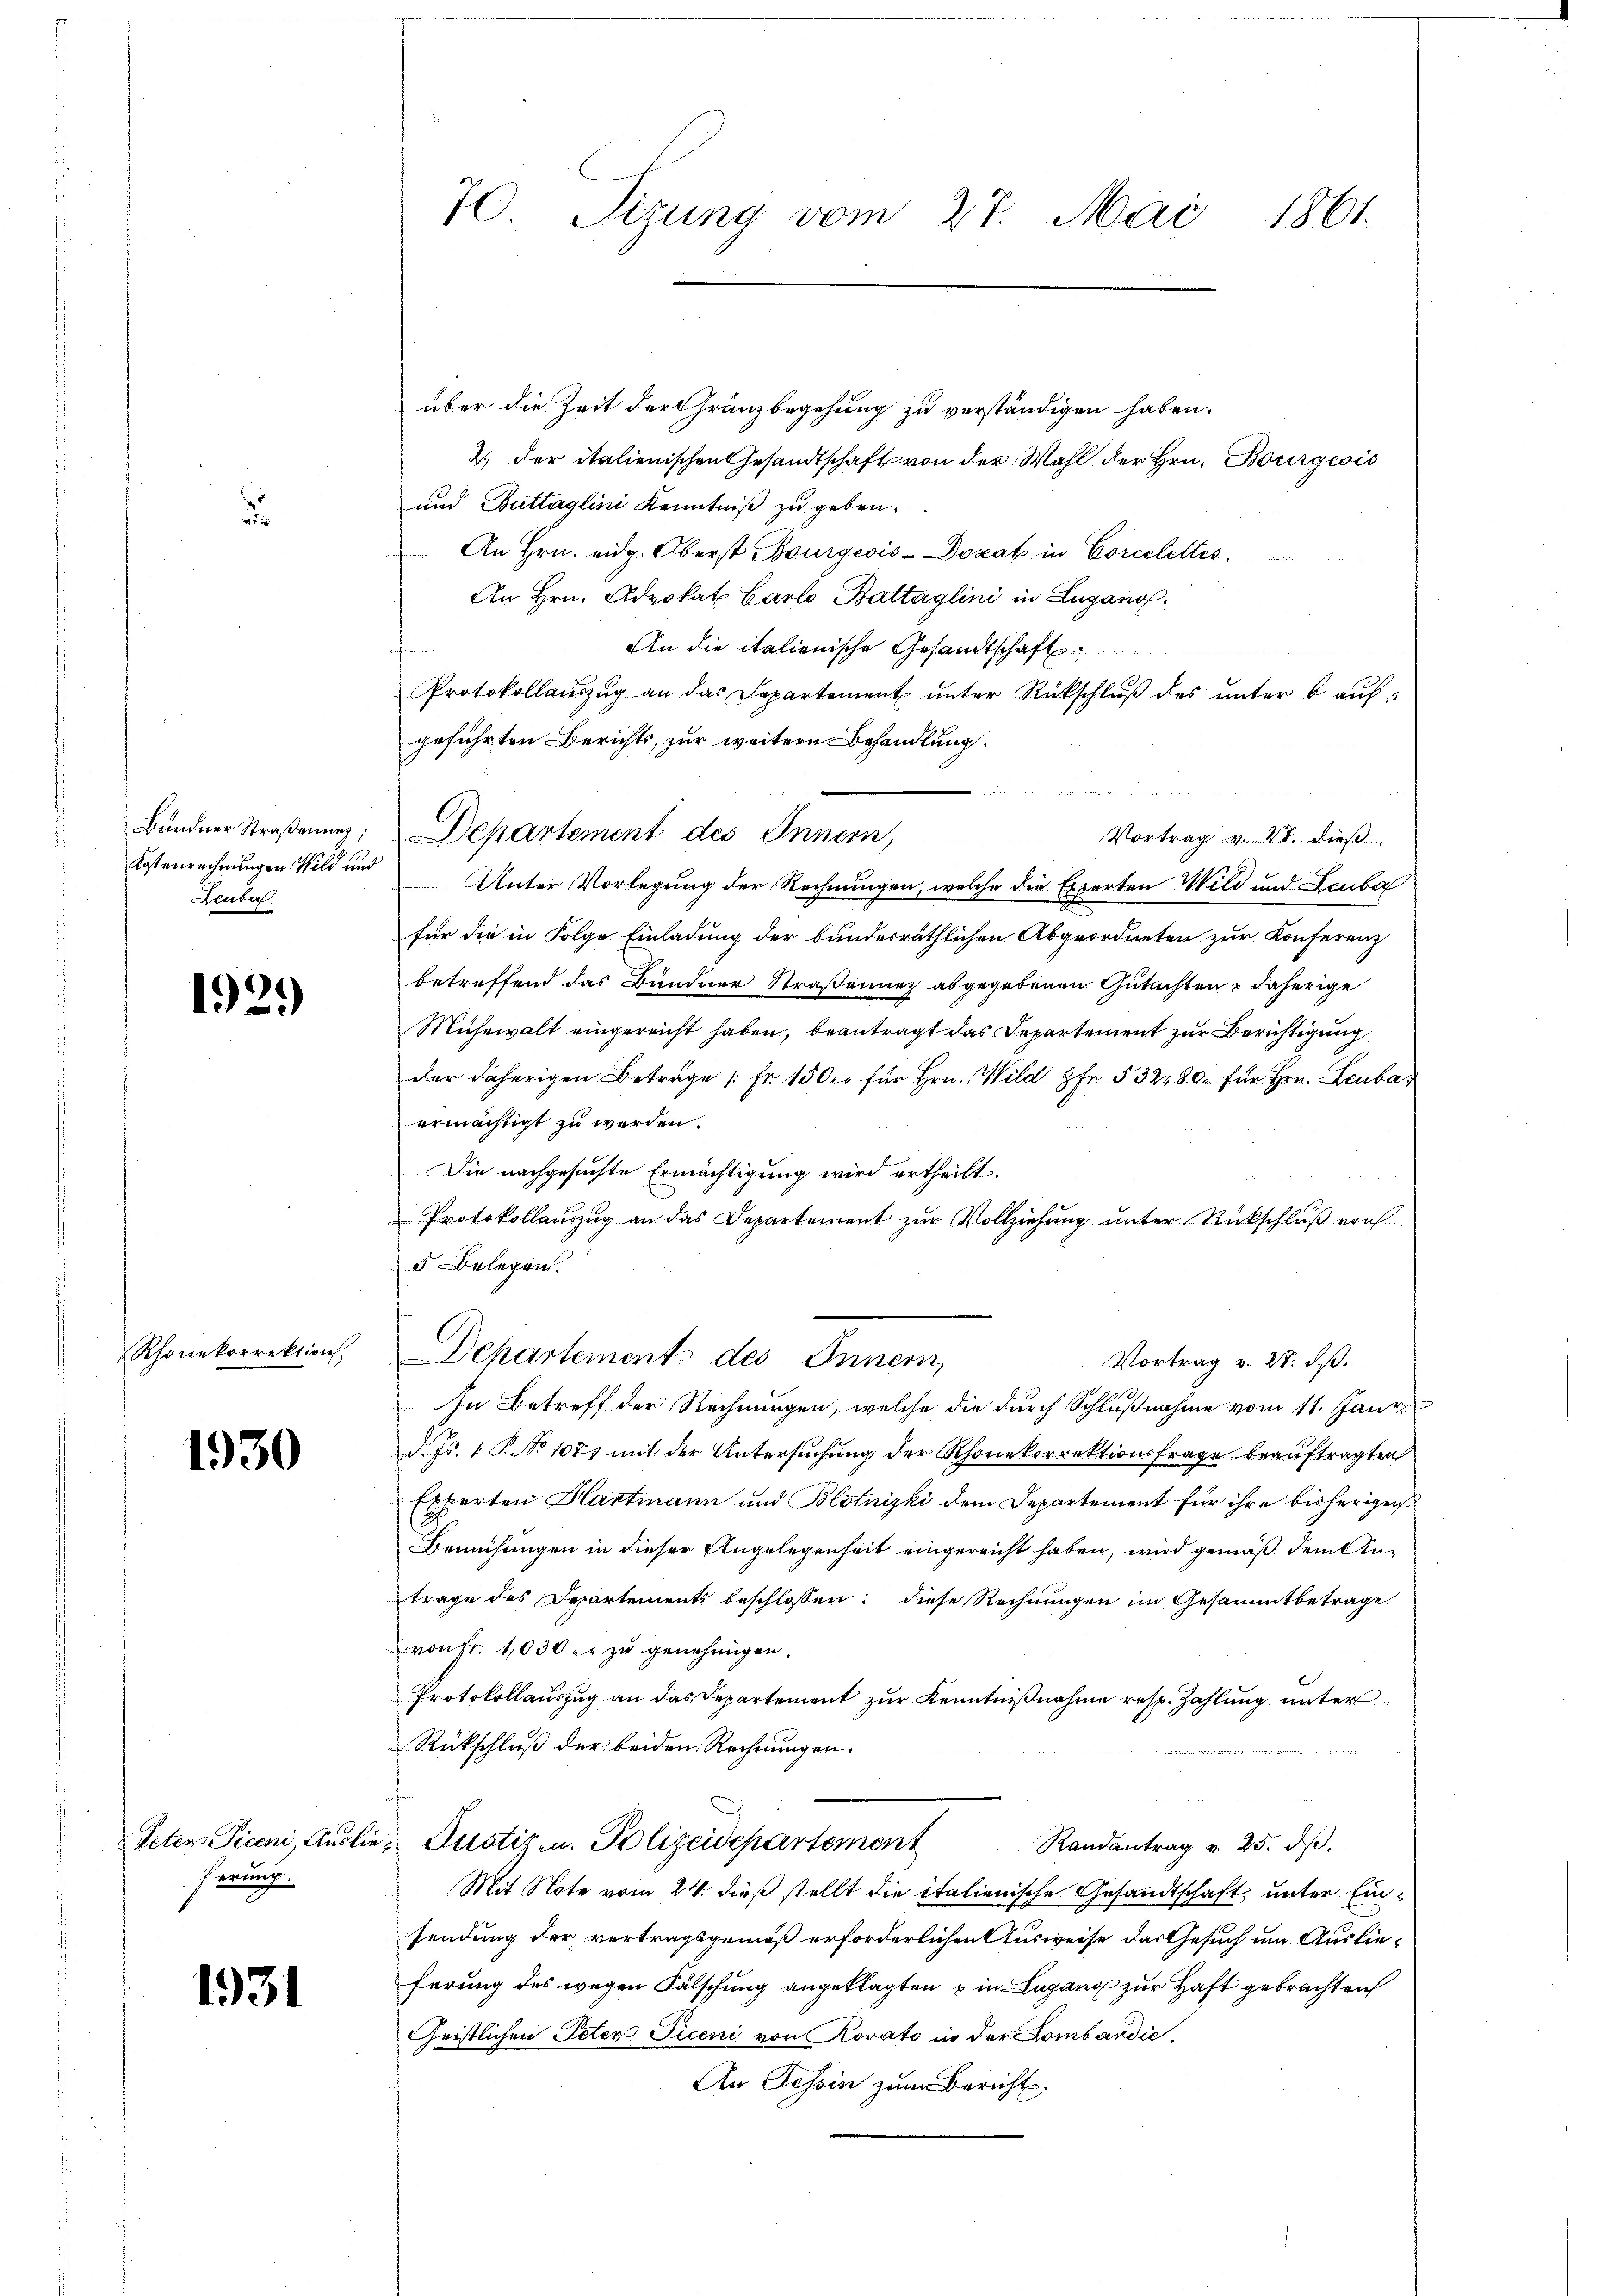
d

1929

Rhonekorrektion

1930

Peter Piceni, Ausle
ferung.

1931

Bündner Straßenung;
Kostenrechnungen Wild und
euba

70. Sizung vom 27. Mai 1861.

über die Zeit der Gränzbegehung zu verständigen haben.
2.) der italienischen Gesandtschaft von der Wahl der Hrn. Bourgeois
und Battaglini Kenntniß zu geben.
An Hrn. eidg. Oberst Bourgeois-Dozak in Corcelettes.
An Hrn. Advokat Carlo Battaglini in Lugano.
An die italienische Gesandtschaft
e
Protokollaŭszŭg an das Departement ŭnter Rückschlŭβ des ŭnter 6. aŭf-
geführten Berichts, zur weitere Behandlung.
Departement des Innern,
Unter Vorlegung der Rechnungen, welche die Experten Wild und Leuba
für die in Folge Einladung der bundesräthlichen Abgeordneten zur Konferenz
betreffend das Bündner Straßenunz abgegebenen Gutachten & daherige
Mühewalt eingereicht haben, beantragt das Departement zur Berichtigung
der daherigen Betrage [Fr. 150 r für Hrn. Wild Fr. 532, 30. für Hrn. Leuba
ermächtigt zu werden.
Die nachgesuchte Ermächtigung wird ertheilt.
Protokollauszug an das Departement zur Vollziehung unter Rückschluß von
5. Belegen.
Departement des Innern,
Vortrag v. 28. ds.
In Betreff der Rechnungen, welche die durch Schlußnahme vom 11. Janr.
d. Js. 1 S. No 1077 mit der Untersuchung der Rhonekorrektionsfrage beauftragten
Experten Hartmann und Blotnizki dem Departement für ihre bisherigen
Bemühungen in dieser Angelegenheit eingereicht haben, wird gemäß dem Antrage des Departements beschlossen: diese Rechnungen im Gesammtbetrage
von Fr. 1030 u. zu genehmigen.
Protokollauszug an das Departement zur Kenntnißnahme resp. Zahlung unter
Rückschluß der beiden Rechnungen.
e Justizen. Polizeidepartement
Randantrag v. 25. dβ.
Mit Note vom 24. dieß stellt die italienische Gesandtschaft, unter Einsendung der vertragsgemäß erforderlichen Ausweise das Gesuch um Auslieferung des wegen Fälschung angeklagten u in Lugang zur Haft gebrachten
Geistlichen Peten Ficeni von Rovato in der Lombardie
An Tessin zum Bericht.

Vortrag v. 4. dieß